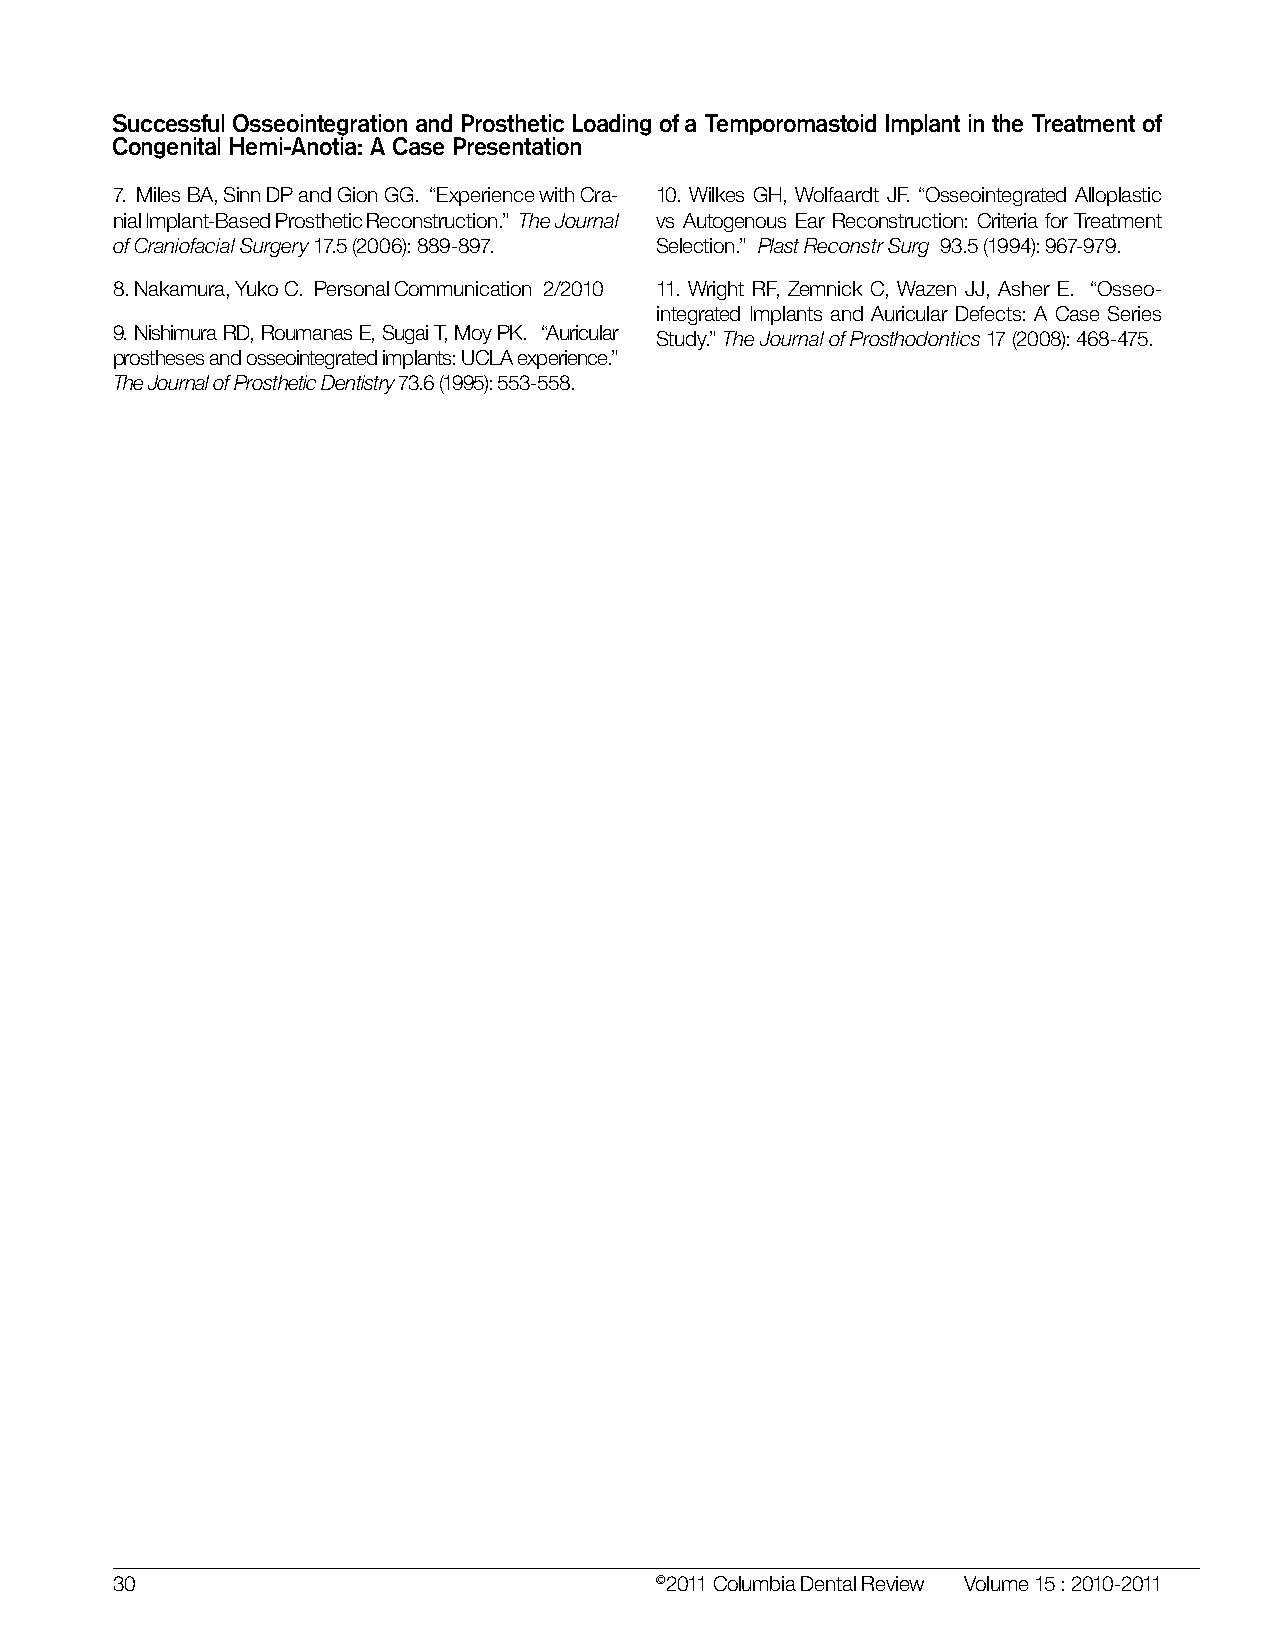
Successful Osseointegration and Prosthetic Loading of a Temporomastoid Implant in the Treatment of
 Congenital Hemi-Anotia: A Case Presentation
 7. Miles BA, Sinn DP and Gion GG. “Experience with Cra- 10. Wilkes GH, Wolfaardt JF. “Osseointegrated Alloplastic
 nial Implant-Based Prosthetic Reconstruction.” The Journal vs Autogenous Ear Reconstruction: Criteria for Treatment
 of Craniofacial Surgery 17.5 (2006): 889-897. Selection.” Plast Reconstr Surg 93.5 (1994): 967-979.
 8. Nakamura, Yuko C. Personal Communication 2/2010 11. Wright RF, Zemnick C, Wazen JJ, Asher E. “Osseo-
 integrated Implants and Auricular Defects: A Case Series
 9. Nishimura RD, Roumanas E, Sugai T, Moy PK. “Auricular Study.” The Journal of Prosthodontics 17 (2008): 468-475.
 prostheses and osseointegrated implants: UCLA experience.”
 The Journal of Prosthetic Dentistry 73.6 (1995): 553-558.
 30                                  ©2011 Columbia Dental Review Volume 15 : 2010-2011